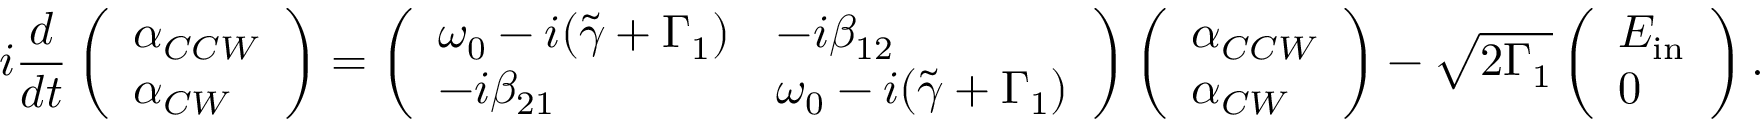
i \frac { d } { d t } \left( \begin{array} { l } { \alpha _ { C C W } } \\ { \alpha _ { C W } } \end{array} \right) = \left( \begin{array} { l l } { \omega _ { 0 } - i ( \tilde { \gamma } + \Gamma _ { 1 } ) } & { - i \beta _ { 1 2 } } \\ { - i \beta _ { 2 1 } } & { \omega _ { 0 } - i ( \tilde { \gamma } + \Gamma _ { 1 } ) } \end{array} \right) \left( \begin{array} { l } { \alpha _ { C C W } } \\ { \alpha _ { C W } } \end{array} \right) - \sqrt { 2 \Gamma _ { 1 } } \left( \begin{array} { l } { E _ { \mathrm { i n } } } \\ { 0 } \end{array} \right) .